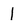
Character: 1